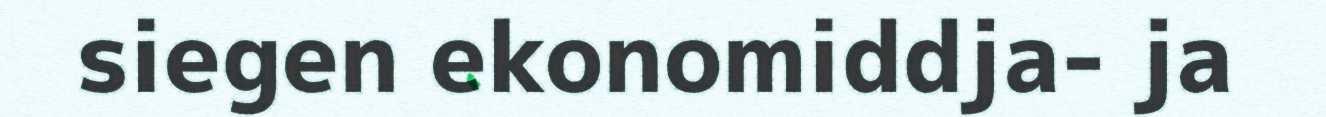
siegen ekonomiddja- ja